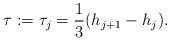
LaTeX: \begin{align*}\tau:=\tau_j=\frac{1}{3}(h_{j+1}-h_j) .\end{align*}